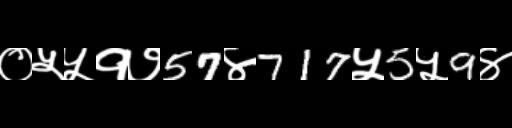
Text: ०५५१७57४717५5५9४